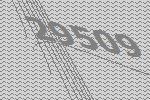
29509